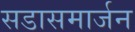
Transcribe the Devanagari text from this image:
सडासमार्जन